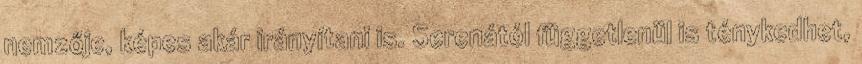
nemzője, képes akár irányítani is. Serenától függetlenül is ténykedhet,